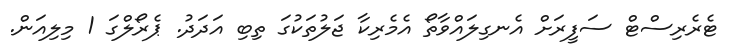
ޓެރެރިސްޓް ސަފީރަށް އެނގިލައްވާތޯ އެމެރިކާ ޖަލުތަކުގަ ތިބި އަދަދު. ޕެރޯލްގަ 1 މިލިއަން.